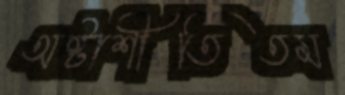
অষ্টাশীতিতম